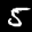
Label: 5